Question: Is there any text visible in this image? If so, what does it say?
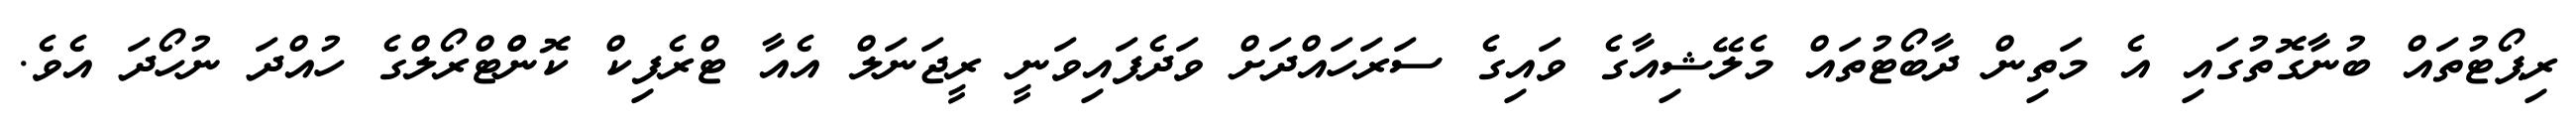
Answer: ރިޕޯޓުތައް ބުނާގޮތުގައި އެ މަތިން ދާބޯޓުތައް މެލޭޝިއާގެ ވައިގެ ސަރަހައްދަށް ވަދެފައިވަނީ ރީޖަނަލް އެއާ ޓްރެފިކް ކޮންްޓްރޯލްގެ ހުއްދަ ނުހޯދަ އެވެ.